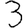
Digit: 3